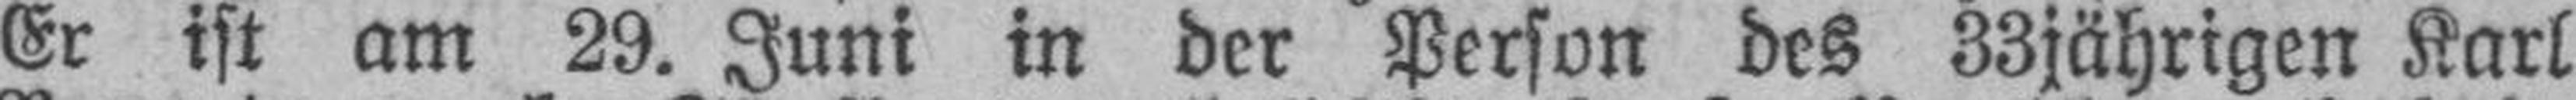
Er ist am 29. Juni in der Person des 33jährigen Karl